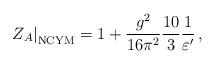
LaTeX: \begin{align*}\left. Z_A \right|_{\rm NCYM} = 1 + \frac{g^2}{16\pi^2} \frac{10}{3} \frac{1}{\varepsilon^\prime}\, , \end{align*}